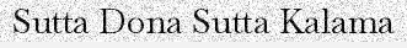
Sutta Dona Sutta Kalama